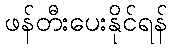
ဖန်တီးပေးနိုင်ရန်